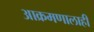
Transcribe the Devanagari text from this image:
आक्रमणालाही